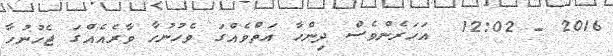
2016 - 12:02  އަހަރެންވެސް ދިންހާ އަތްވެއްގަ ވެހުނުހާ ވާރެއެއްގަ ޖެހުނުހާ